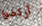
أركضوا